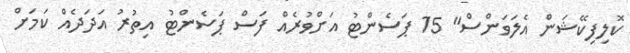
ކޮލިފިކޭޝަން އެލަވަންސް" 15 ޕަސެންޓު އަށްވުރެއް ފަސް ޕަސެންޓު އިތުރު އަދަދެއް ކަމަށް